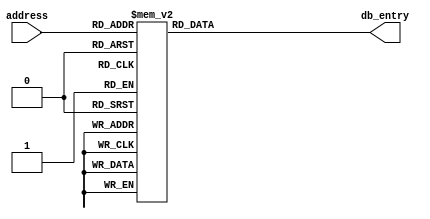
/*
    Verilog database LUT for playing a RTTL ringtone on a Piezo Speaker

    Copyright 2022-2023 Milosch Meriac <milosch@meriac.com>
    Location: https://github.com/meriac/tt05-play-tune/

    Redistribution and use in source and binary forms, with or without
    modification, are permitted provided that the following conditions
    are met:

    1. Redistributions of source code must retain the above copyright
       notice, this list of conditions and the following disclaimer.

    2. Redistributions in binary form must reproduce the above copyright
       notice, this list of conditions and the following disclaimer in the
       documentation and/or other materials provided with the distribution.

    3. Neither the name of the copyright holder nor the names of its
       contributors may be used to endorse or promote products derived
       from this software without specific prior written permission.

    THIS SOFTWARE IS PROVIDED BY THE COPYRIGHT HOLDERS AND CONTRIBUTORS
    "AS IS" AND ANY EXPRESS OR IMPLIED WARRANTIES, INCLUDING, BUT NOT
    LIMITED TO, THE IMPLIED WARRANTIES OF MERCHANTABILITY AND FITNESS FOR
    A PARTICULAR PURPOSE ARE DISCLAIMED. IN NO EVENT SHALL THE COPYRIGHT
    HOLDER OR CONTRIBUTORS BE LIABLE FOR ANY DIRECT, INDIRECT, INCIDENTAL,
    SPECIAL, EXEMPLARY, OR CONSEQUENTIAL DAMAGES (INCLUDING, BUT NOT
    LIMITED TO, PROCUREMENT OF SUBSTITUTE GOODS OR SERVICES; LOSS OF USE,
    DATA, OR PROFITS; OR BUSINESS INTERRUPTION) HOWEVER CAUSED AND ON ANY
    THEORY OF LIABILITY, WHETHER IN CONTRACT, STRICT LIABILITY, OR TORT
    (INCLUDING NEGLIGENCE OR OTHERWISE) ARISING IN ANY WAY OUT OF THE USE
    OF THIS SOFTWARE, EVEN IF ADVISED OF THE POSSIBILITY OF SUCH DAMAGE.

*/

module meriac_tune_db (
    input wire [6:0] address,
    output reg [11:0] db_entry
);
    always @(*) begin
        case(address)
                // Song: Super Mario
                // One timer-tick equals 50ms
                // Per-note clock dividers assume 100000Hz clock
                // Bottom-nibble is tick-count per note, upper nibbles are the per-note clock dividers
                 0: db_entry = 12'h4b3; // e6  (1318.51Hz, 150ms,  3 ticks,  75 fdiv)
                 1: db_entry = 12'h4b3; // e6  (1318.51Hz, 150ms,  3 ticks,  75 fdiv)
                 2: db_entry = 12'h002; // p5  (pause   , 100ms,  2 ticks,   0 fdiv)
                 3: db_entry = 12'h4b6; // e6  (1318.51Hz, 300ms,  6 ticks,  75 fdiv)
                 4: db_entry = 12'h5f3; // c6  (1046.5Hz, 150ms,  3 ticks,  95 fdiv)
                 5: db_entry = 12'h4b6; // e6  (1318.51Hz, 300ms,  6 ticks,  75 fdiv)
                 6: db_entry = 12'h3f6; // g6  (1567.98Hz, 300ms,  6 ticks,  63 fdiv)
                 7: db_entry = 12'h006; // p5  (pause   , 300ms,  6 ticks,   0 fdiv)
                 8: db_entry = 12'h7f6; // g5  (783.99Hz, 300ms,  6 ticks, 127 fdiv)
                 9: db_entry = 12'h006; // p5  (pause   , 300ms,  6 ticks,   0 fdiv)
                10: db_entry = 12'h5f6; // c6  (1046.5Hz, 300ms,  6 ticks,  95 fdiv)
                11: db_entry = 12'h003; // p5  (pause   , 150ms,  3 ticks,   0 fdiv)
                12: db_entry = 12'h7f6; // g5  (783.99Hz, 300ms,  6 ticks, 127 fdiv)
                13: db_entry = 12'h003; // p5  (pause   , 150ms,  3 ticks,   0 fdiv)
                14: db_entry = 12'h976; // e5  (659.26Hz, 300ms,  6 ticks, 151 fdiv)
                15: db_entry = 12'h003; // p5  (pause   , 150ms,  3 ticks,   0 fdiv)
                16: db_entry = 12'h716; // a5  (880.0Hz , 300ms,  6 ticks, 113 fdiv)
                17: db_entry = 12'h656; // b5  (987.77Hz, 300ms,  6 ticks, 101 fdiv)
                18: db_entry = 12'h6b3; // a#5 (932.33Hz, 150ms,  3 ticks, 107 fdiv)
                19: db_entry = 12'h716; // a5  (880.0Hz , 300ms,  6 ticks, 113 fdiv)
                20: db_entry = 12'h7f4; // g5. (783.99Hz, 200ms,  4 ticks, 127 fdiv)
                21: db_entry = 12'h4b3; // e6  (1318.51Hz, 150ms,  3 ticks,  75 fdiv)
                22: db_entry = 12'h3f3; // g6  (1567.98Hz, 150ms,  3 ticks,  63 fdiv)
                23: db_entry = 12'h386; // a6  (1760.0Hz, 300ms,  6 ticks,  56 fdiv)
                24: db_entry = 12'h473; // f6  (1396.91Hz, 150ms,  3 ticks,  71 fdiv)
                25: db_entry = 12'h3f6; // g6  (1567.98Hz, 300ms,  6 ticks,  63 fdiv)
                26: db_entry = 12'h4b6; // e6  (1318.51Hz, 300ms,  6 ticks,  75 fdiv)
                27: db_entry = 12'h5f3; // c6  (1046.5Hz, 150ms,  3 ticks,  95 fdiv)
                28: db_entry = 12'h553; // d6  (1174.66Hz, 150ms,  3 ticks,  85 fdiv)
                29: db_entry = 12'h656; // b5  (987.77Hz, 300ms,  6 ticks, 101 fdiv)
                30: db_entry = 12'h003; // p5  (pause   , 150ms,  3 ticks,   0 fdiv)
                31: db_entry = 12'h5f6; // c6  (1046.5Hz, 300ms,  6 ticks,  95 fdiv)
                32: db_entry = 12'h003; // p5  (pause   , 150ms,  3 ticks,   0 fdiv)
                33: db_entry = 12'h7f6; // g5  (783.99Hz, 300ms,  6 ticks, 127 fdiv)
                34: db_entry = 12'h003; // p5  (pause   , 150ms,  3 ticks,   0 fdiv)
                35: db_entry = 12'h976; // e5  (659.26Hz, 300ms,  6 ticks, 151 fdiv)
                36: db_entry = 12'h003; // p5  (pause   , 150ms,  3 ticks,   0 fdiv)
                37: db_entry = 12'h716; // a5  (880.0Hz , 300ms,  6 ticks, 113 fdiv)
                38: db_entry = 12'h656; // b5  (987.77Hz, 300ms,  6 ticks, 101 fdiv)
                39: db_entry = 12'h6b3; // a#5 (932.33Hz, 150ms,  3 ticks, 107 fdiv)
                40: db_entry = 12'h716; // a5  (880.0Hz , 300ms,  6 ticks, 113 fdiv)
                41: db_entry = 12'h7f4; // g5. (783.99Hz, 200ms,  4 ticks, 127 fdiv)
                42: db_entry = 12'h4b3; // e6  (1318.51Hz, 150ms,  3 ticks,  75 fdiv)
                43: db_entry = 12'h3f3; // g6  (1567.98Hz, 150ms,  3 ticks,  63 fdiv)
                44: db_entry = 12'h386; // a6  (1760.0Hz, 300ms,  6 ticks,  56 fdiv)
                45: db_entry = 12'h473; // f6  (1396.91Hz, 150ms,  3 ticks,  71 fdiv)
                46: db_entry = 12'h3f6; // g6  (1567.98Hz, 300ms,  6 ticks,  63 fdiv)
                47: db_entry = 12'h4b6; // e6  (1318.51Hz, 300ms,  6 ticks,  75 fdiv)
                48: db_entry = 12'h5f3; // c6  (1046.5Hz, 150ms,  3 ticks,  95 fdiv)
                49: db_entry = 12'h553; // d6  (1174.66Hz, 150ms,  3 ticks,  85 fdiv)
                50: db_entry = 12'h656; // b5  (987.77Hz, 300ms,  6 ticks, 101 fdiv)
                51: db_entry = 12'h006; // p5  (pause   , 300ms,  6 ticks,   0 fdiv)
                52: db_entry = 12'h3f3; // g6  (1567.98Hz, 150ms,  3 ticks,  63 fdiv)
                53: db_entry = 12'h433; // f#6 (1479.98Hz, 150ms,  3 ticks,  67 fdiv)
                54: db_entry = 12'h473; // f6  (1396.91Hz, 150ms,  3 ticks,  71 fdiv)
                55: db_entry = 12'h503; // d#6 (1244.51Hz, 150ms,  3 ticks,  80 fdiv)
                56: db_entry = 12'h003; // p5  (pause   , 150ms,  3 ticks,   0 fdiv)
                57: db_entry = 12'h4b3; // e6  (1318.51Hz, 150ms,  3 ticks,  75 fdiv)
                58: db_entry = 12'h003; // p5  (pause   , 150ms,  3 ticks,   0 fdiv)
                59: db_entry = 12'h783; // g#5 (830.61Hz, 150ms,  3 ticks, 120 fdiv)
                60: db_entry = 12'h713; // a5  (880.0Hz , 150ms,  3 ticks, 113 fdiv)
                61: db_entry = 12'h5f3; // c6  (1046.5Hz, 150ms,  3 ticks,  95 fdiv)
                62: db_entry = 12'h003; // p5  (pause   , 150ms,  3 ticks,   0 fdiv)
                63: db_entry = 12'h713; // a5  (880.0Hz , 150ms,  3 ticks, 113 fdiv)
                64: db_entry = 12'h5f3; // c6  (1046.5Hz, 150ms,  3 ticks,  95 fdiv)
                65: db_entry = 12'h553; // d6  (1174.66Hz, 150ms,  3 ticks,  85 fdiv)
                66: db_entry = 12'h006; // p5  (pause   , 300ms,  6 ticks,   0 fdiv)
                67: db_entry = 12'h3f3; // g6  (1567.98Hz, 150ms,  3 ticks,  63 fdiv)
                68: db_entry = 12'h433; // f#6 (1479.98Hz, 150ms,  3 ticks,  67 fdiv)
                69: db_entry = 12'h473; // f6  (1396.91Hz, 150ms,  3 ticks,  71 fdiv)
                70: db_entry = 12'h503; // d#6 (1244.51Hz, 150ms,  3 ticks,  80 fdiv)
                71: db_entry = 12'h003; // p5  (pause   , 150ms,  3 ticks,   0 fdiv)
                72: db_entry = 12'h4b3; // e6  (1318.51Hz, 150ms,  3 ticks,  75 fdiv)
                73: db_entry = 12'h003; // p5  (pause   , 150ms,  3 ticks,   0 fdiv)
                74: db_entry = 12'h2f3; // c7  (2093.0Hz, 150ms,  3 ticks,  47 fdiv)
                75: db_entry = 12'h003; // p5  (pause   , 150ms,  3 ticks,   0 fdiv)
                76: db_entry = 12'h2f3; // c7  (2093.0Hz, 150ms,  3 ticks,  47 fdiv)
                77: db_entry = 12'h2f3; // c7  (2093.0Hz, 150ms,  3 ticks,  47 fdiv)
                78: db_entry = 12'h00c; // p5  (pause   , 600ms, 12 ticks,   0 fdiv)
                79: db_entry = 12'h3f3; // g6  (1567.98Hz, 150ms,  3 ticks,  63 fdiv)
                80: db_entry = 12'h433; // f#6 (1479.98Hz, 150ms,  3 ticks,  67 fdiv)
                81: db_entry = 12'h473; // f6  (1396.91Hz, 150ms,  3 ticks,  71 fdiv)
                82: db_entry = 12'h503; // d#6 (1244.51Hz, 150ms,  3 ticks,  80 fdiv)
                83: db_entry = 12'h003; // p5  (pause   , 150ms,  3 ticks,   0 fdiv)
                84: db_entry = 12'h4b3; // e6  (1318.51Hz, 150ms,  3 ticks,  75 fdiv)
                85: db_entry = 12'h003; // p5  (pause   , 150ms,  3 ticks,   0 fdiv)
                86: db_entry = 12'h783; // g#5 (830.61Hz, 150ms,  3 ticks, 120 fdiv)
                87: db_entry = 12'h713; // a5  (880.0Hz , 150ms,  3 ticks, 113 fdiv)
                88: db_entry = 12'h5f3; // c6  (1046.5Hz, 150ms,  3 ticks,  95 fdiv)
                89: db_entry = 12'h003; // p5  (pause   , 150ms,  3 ticks,   0 fdiv)
                90: db_entry = 12'h713; // a5  (880.0Hz , 150ms,  3 ticks, 113 fdiv)
                91: db_entry = 12'h5f3; // c6  (1046.5Hz, 150ms,  3 ticks,  95 fdiv)
                92: db_entry = 12'h553; // d6  (1174.66Hz, 150ms,  3 ticks,  85 fdiv)
                93: db_entry = 12'h006; // p5  (pause   , 300ms,  6 ticks,   0 fdiv)
                94: db_entry = 12'h503; // d#6 (1244.51Hz, 150ms,  3 ticks,  80 fdiv)
                95: db_entry = 12'h006; // p5  (pause   , 300ms,  6 ticks,   0 fdiv)
                96: db_entry = 12'h553; // d6  (1174.66Hz, 150ms,  3 ticks,  85 fdiv)
                97: db_entry = 12'h006; // p5  (pause   , 300ms,  6 ticks,   0 fdiv)
                98: db_entry = 12'h5f3; // c6  (1046.5Hz, 150ms,  3 ticks,  95 fdiv)
                99: db_entry = 12'h00c; // p5  (pause   , 600ms, 12 ticks,   0 fdiv)
            default:    
                db_entry = 12'h000;
        endcase

    end

endmodule